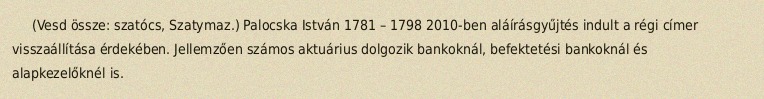
(Vesd össze: szatócs, Szatymaz.) Palocska István 1781 – 1798 2010-ben aláírásgyűjtés indult a régi címer visszaállítása érdekében. Jellemzően számos aktuárius dolgozik bankoknál, befektetési bankoknál és alapkezelőknél is.